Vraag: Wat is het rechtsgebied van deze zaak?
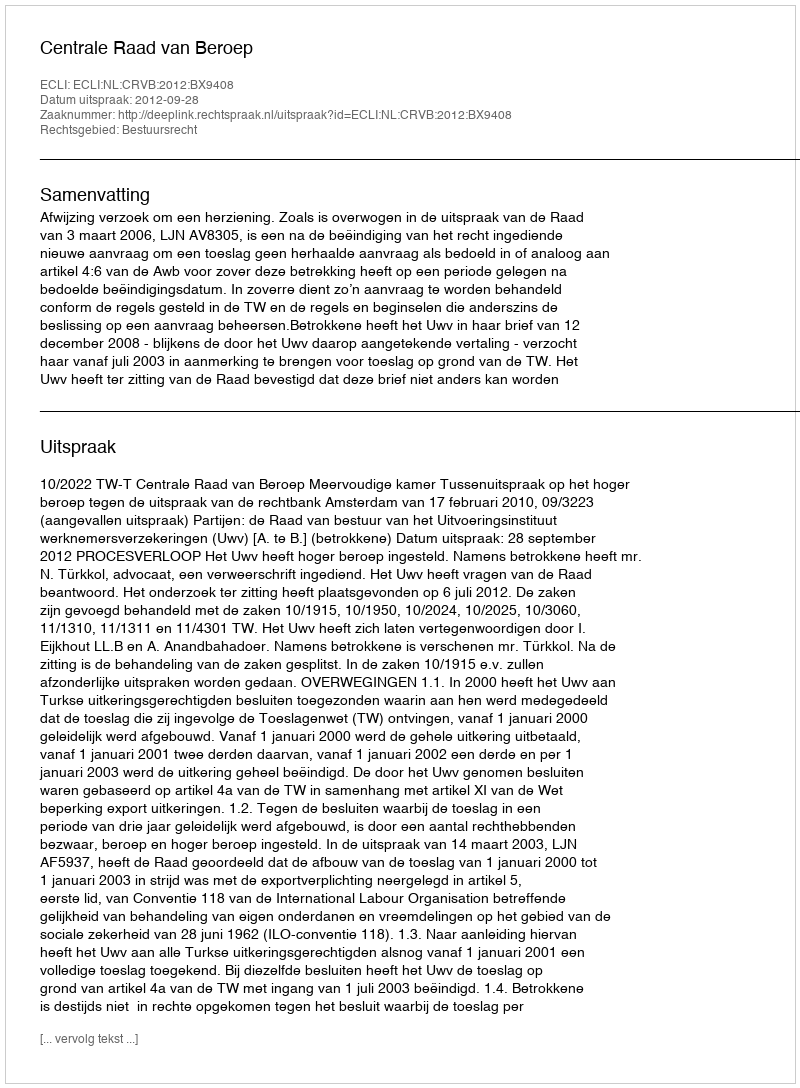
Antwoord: Bestuursrecht